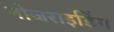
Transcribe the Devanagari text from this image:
नोजराइडिंग